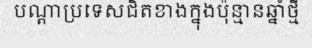
បណ្តាប្រទេសជិតខាងក្នុងប៉ុន្មានឆ្នាំថ្មី